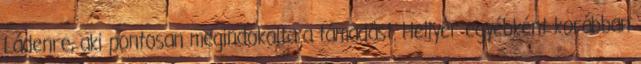
Ládenre, aki pontosan megindokolta a támadást. Hellyer egyébként korábban